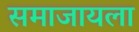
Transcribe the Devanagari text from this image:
समाजायला